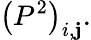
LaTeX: \left(P^{2}\right)_{i,\mathbf{j}}.